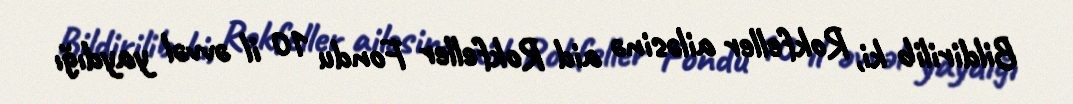
Bildirilib ki, Rokfeller ailəsinə aid Rokfeller Fondu 10 il əvvəl yaydığı